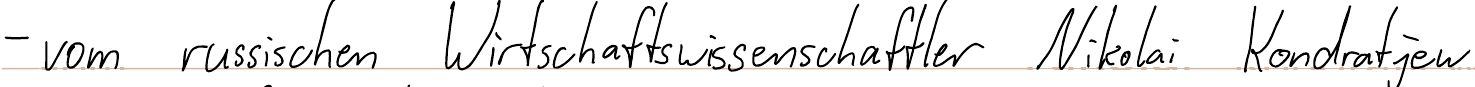
- vom russischen Wirtschaftswissenschaftler Nikolai Kondratjew